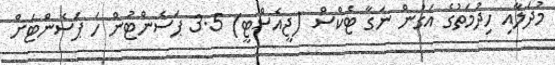
މުދަލާއި ހިދުމަތުގެ އަގުން ނަގާ ޓެކްސް (ޖީއެސްޓީ) 3.5 ޕަސެންޓުން ހަ ޕަސެންޓަށް